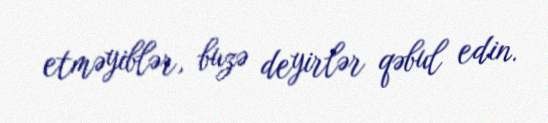
etməyiblər, buzə deyirlər qəbul edin.